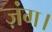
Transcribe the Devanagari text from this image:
ज़ंग।